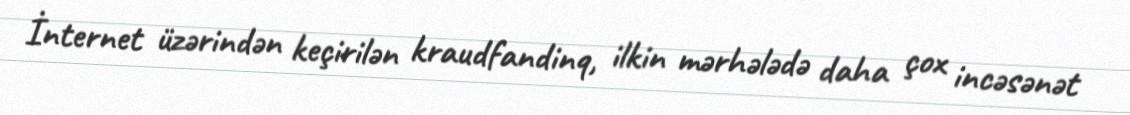
İnternet üzərindən keçirilən kraudfandinq, ilkin mərhələdə daha çox incəsənət